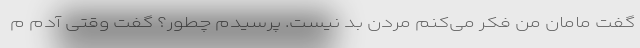
گفت مامان من فکر می‌کنم مردن بد نیست. پرسیدم چطور؟ گفت وقتی آدم م